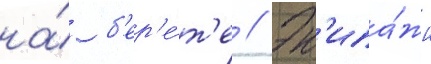
на́ б'ер'е́т'е // Эк'ипа́жи